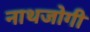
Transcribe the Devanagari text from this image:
नाथजोगी